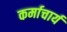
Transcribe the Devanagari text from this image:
कर्माचार्य